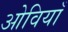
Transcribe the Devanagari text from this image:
ओवियाँ